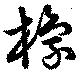
橡